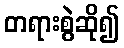
တရားစွဲဆို၍